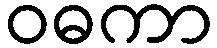
ဝဓကာ